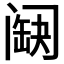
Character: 𨸊